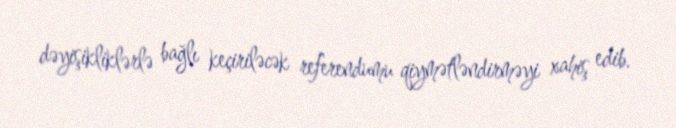
dəyişikliklərlə bağlı keçiriləcək referendumu qiymətləndirməyi xahiş edib.